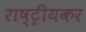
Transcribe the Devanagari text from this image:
राष्ट्रीयकर